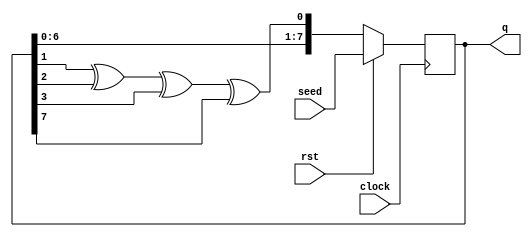
module lfsr (output reg [7:0]q, input [7:0]seed, input rst, input clock);
wire din;
assign din = q[1]^q[2]^q[3]^q[7];
always@(posedge clock)
begin

if(~rst)
begin
q<={q[6:0],din};
end
else
begin
q<=seed;
end

end


endmodule